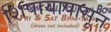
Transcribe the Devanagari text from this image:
शिपायापासून